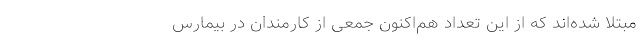
مبتلا شده‌اند که از این تعداد هم‌اکنون جمعی از کارمندان در بیمارس